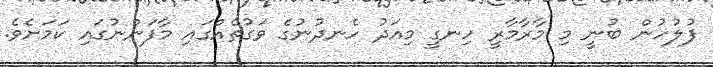
ފުލުހުން ބުނީ މި މާރާމާރީ ހިނގީ މިއަދު ހެނދުނުގެ ވަގުތެއްގައި މާފަންނުގައި ކަމަށެވެ.